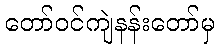
တော်ဝင်ကျဲနန်းတော်မှ